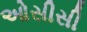
ઓસીસી